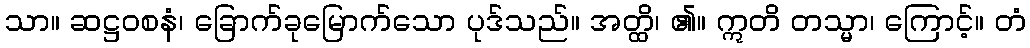
သာ။ ဆဋ္ဌဝစနံ၊ ခြောက်ခုမြောက်သော ပုဒ်သည်။ အတ္ထိ၊ ၏။ ဣတိ တသ္မာ၊ ကြောင့်။ တံ